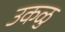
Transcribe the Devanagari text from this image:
उकळु